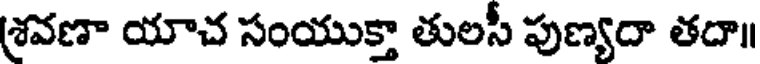
శ్రవణా యాచ సంయుక్తా తులసీ పుణ్యదా తదా॥